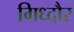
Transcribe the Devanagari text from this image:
गिध्दौर